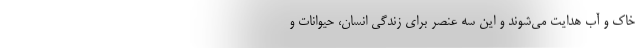
خاک و آب هدایت می‌‌شوند و این سه عنصر برای زندگی انسان، حیوانات و